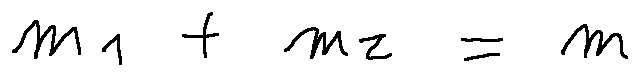
m _ { 1 } + m _ { 2 } = m